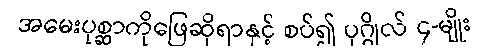
အမေးပုစ္ဆာကိုဖြေဆိုရာနှင့် စပ်၍ ပုဂ္ဂိုလ် ၄-မျိုး